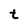
Character: t